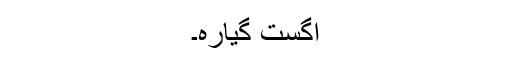
اگست گیارہ۔